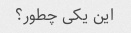
این یکی چطور؟